Treatise on elephants
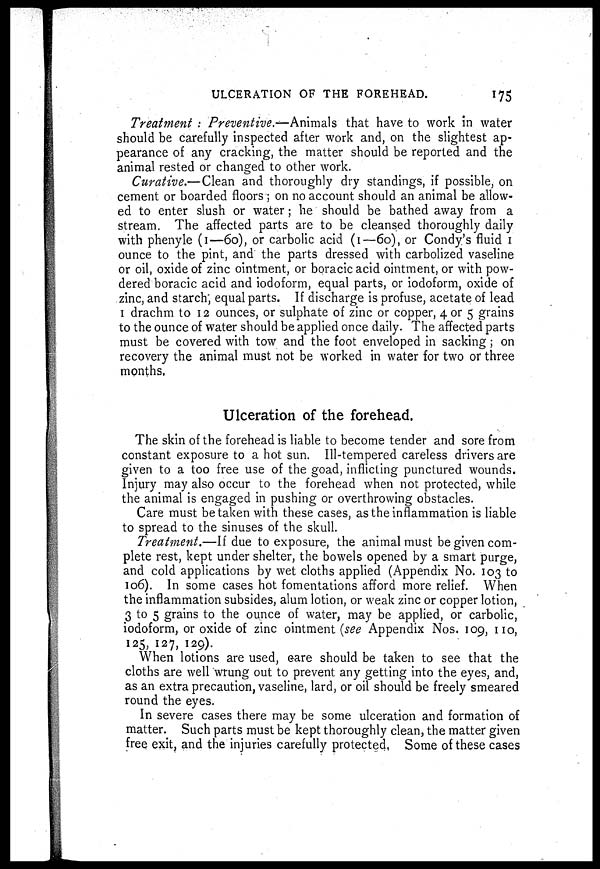
ULCERATION OF THE FOREHEAD.
175
Treatment : Preventive.—Animals that have to work in water
should be carefully inspected after work and, on the slightest ap-
pearance of any cracking, the matter should be reported and the
animal rested or changed to other work.
Curative.—Clean and thoroughly dry standings, if possible, on
cement or boarded floors ; on no account should an animal be allow-
ed to enter slush or water ; he should be bathed away from a
stream. The affected parts are to be cleansed thoroughly daily
with phenyle (1—60), or carbolic acid (1—60), or Condy's fluid 1
ounce to the pint, and the parts dressed with carbolized vaseline
or oil, oxide of zinc ointment, or boracic acid ointment, or with pow-
dered boracic acid and iodoform, equal parts, or iodoform, oxide of
zinc, and starch, equal parts. If discharge is profuse, acetate of lead
1 drachm to 12 ounces, or sulphate of zinc or copper, 4 or 5 grains
to the ounce of water should be applied once daily. The affected parts
must be covered with tow and the foot enveloped in sacking ; on
recovery the animal must not be worked in water for two or three
months,
Ulceration of the forehead.
The skin of the forehead is liable to become tender and sore from
constant exposure to a hot sun. Ill-tempered careless drivers are
given to a too free use of the goad, inflicting punctured wounds.
Injury may also occur to the forehead when not protected, while
the animal is engaged in pushing or overthrowing obstacles.
Care must be taken with these cases, as the inflammation is liable
to spread to the sinuses of the skull.
Treatment.—If due to exposure, the animal must be given com-
plete rest, kept under shelter, the bowels opened by a smart purge,
and cold applications by wet cloths applied (Appendix No. 103 to
106). In some cases hot fomentations afford more relief. When
the inflammation subsides, alum lotion, or weak zinc or copper lotion,
3 to 5 grains to the ounce of water, may be applied, or carbolic,
iodoform, or oxide of zinc ointment (see Appendix Nos. 109, 110,
125, 127, 129).
When lotions are used, care should be taken to see that the
cloths are well wrung out to prevent any getting into the eyes, and,
as an extra precaution, vaseline, lard, or oil should be freely smeared
round the eyes.
In severe cases there may be some ulceration and formation of
matter. Such parts must be kept thoroughly clean, the matter given
free exit, and the injuries carefully protected, Some of these cases